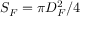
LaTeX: S _ { F } = \pi D _ { F } ^ { 2 } / 4